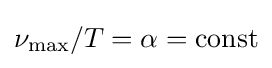
\nu _{\max }/T=\alpha =\mathrm {const}